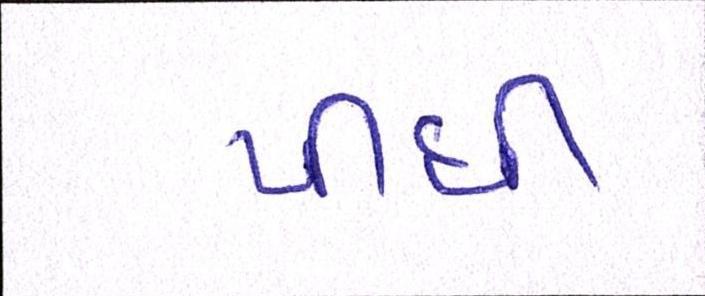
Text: પીધી